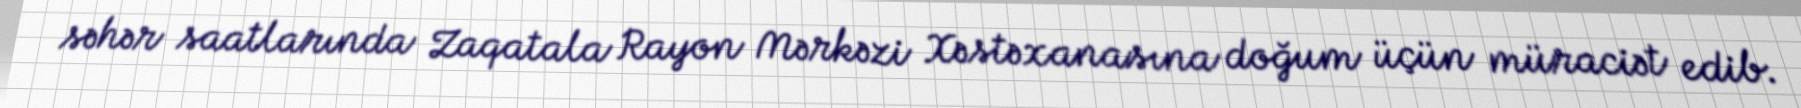
səhər saatlarında Zaqatala Rayon Mərkəzi Xəstəxanasına doğum üçün müraciət edib.